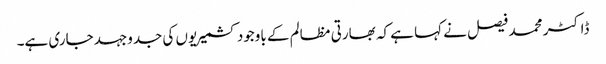
ڈاکٹر محمد فیصل نے کہا ہے کہ بھارتی مظالم کے باوجود کشمیریوں کی جدوجہد جاری ہے۔